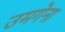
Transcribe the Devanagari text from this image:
उमगेना